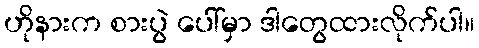
ဟိုနားက စားပွဲ ပေါ်မှာ ဒါတွေထားလိုက်ပါ။